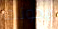
يخونها